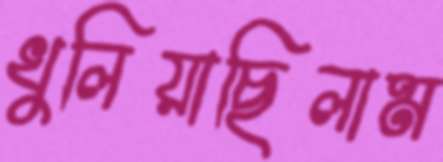
খুলিয়াছিলাম